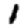
Digit: 1